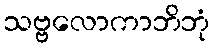
သဗ္ဗလောကာဘိဘုံ